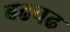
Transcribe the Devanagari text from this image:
बढचढ